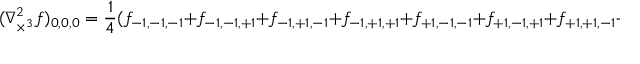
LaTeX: ( \nabla _ { \times ^ { 3 } } ^ { 2 } f ) _ { 0 , 0 , 0 } = { \frac { 1 } { 4 } } ( f _ { - 1 , - 1 , - 1 } + f _ { - 1 , - 1 , + 1 } + f _ { - 1 , + 1 , - 1 } + f _ { - 1 , + 1 , + 1 } + f _ { + 1 , - 1 , - 1 } + f _ { + 1 , - 1 , + 1 } + f _ { + 1 , + 1 , - 1 } + f _ { + 1 , + 1 , + 1 } - 8 f _ { 0 , 0 , 0 } ) .